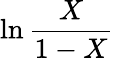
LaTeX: \ln{\frac{X}{1-X}}